Sanitation, dispensaries and jails vaccination Rajputana 1922-1927 - 1922-1927
Year: 1922
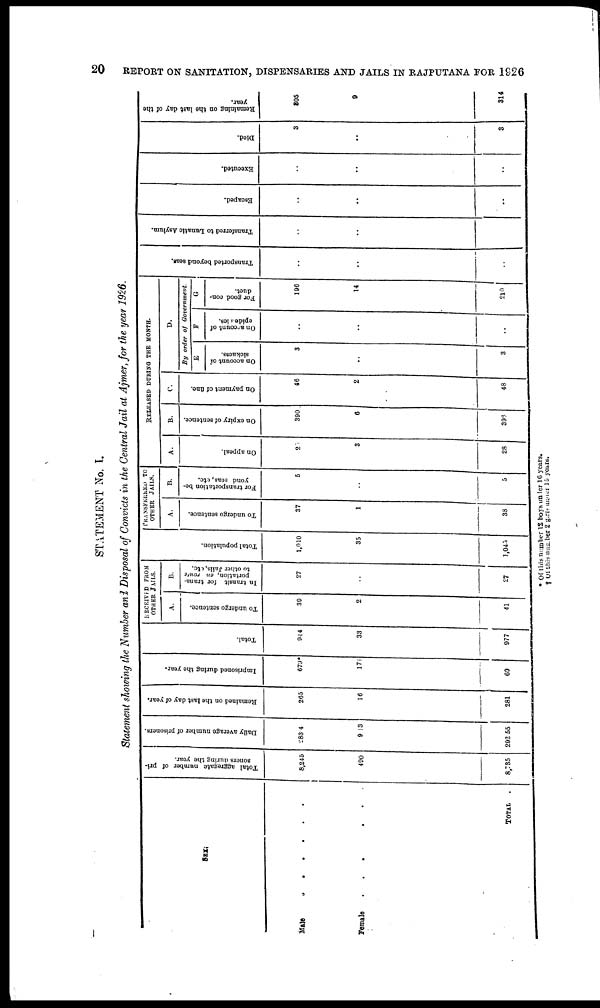
20
REPORT ON SANITATION, DISPENSARIES AND JAILS IN RAJPUTANA FOR 1926
STATEMENT No. I.
Statement showing the Number and Disposal of Convicts in the Central Jail at Ajmer, for the year 1926.
SEX.
Male
.
.
.
.
.
Female
.
.
.
.
.
TOTAL .
Total aggregate number of pri-
soners during the year.
8,245
490
8,735
Daily average number of prisoners.
283.4
9.13
292.55
Remained on the last day of year.
265
16
281
Imprisoned during the year.
679*
17
69
Total.
944
33
977
RECEIVED FROM
OTHER JAILS.
A.
To undergo sentence.
39
2
41
B.
In transit for trans-
portation, en route
to other Jails, etc.
27
..
27
Total population.
1,010
35
1,045
PRANSFERRED TO
OTHER JAILS.
A.
To undergo sentence.
37
1
38
B.
For transportation be-
yond seas, etc.
5
..
5
RELEASED DURING THE MONTH.
A.
On appeal.
25
3
28
B.
On expiry of sentence.
390
6
396
C.
On payment of fine.
46
2
48
D.
By order of Government.
E
On account of
sickness.
3
..
3
F
On account of
epidemics.
..
..
..
G
For good con-
duct.
190
14
210
Transported beyond seas.
..
..
..
Transferred to Lunatic Asylum.
..
..
..
Escaped.
..
..
..
Executed.
..
..
..
Died.
3
..
3
Remaining on the last day of the
year.
305
9
314
* Of this number 12 boys under 16 years.
† Of this number 2 girls under 15 years.